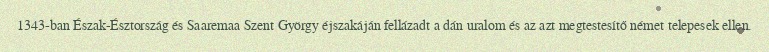
1343-ban Észak-Észtország és Saaremaa Szent György éjszakáján fellázadt a dán uralom és az azt megtestesítő német telepesek ellen.